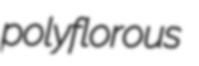
polyflorous